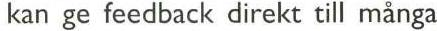
kan ge feedback direkt till många